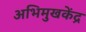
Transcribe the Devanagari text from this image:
अभिमुखकेंद्र